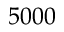
5 0 0 0